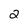
Character: 2